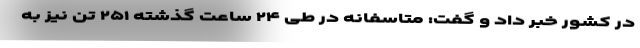
در کشور خبر داد و گفت: متاسفانه در طی ۲۴ ساعت گذشته ۲۵۱ تن نیز به